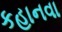
કહાનવા